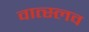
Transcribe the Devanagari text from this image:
वात्स्लव